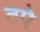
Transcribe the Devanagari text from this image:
टपे